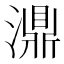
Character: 濎